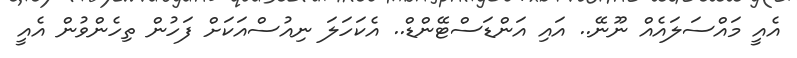
އެއީ މައްސަލައެއް ނޫނޭ.. އައި އަންޑަސްޓޭންޑް.. އެކަހަލަ ނިއުސްއަކަށް ފަހުން ތިހެންވުން އެއީ